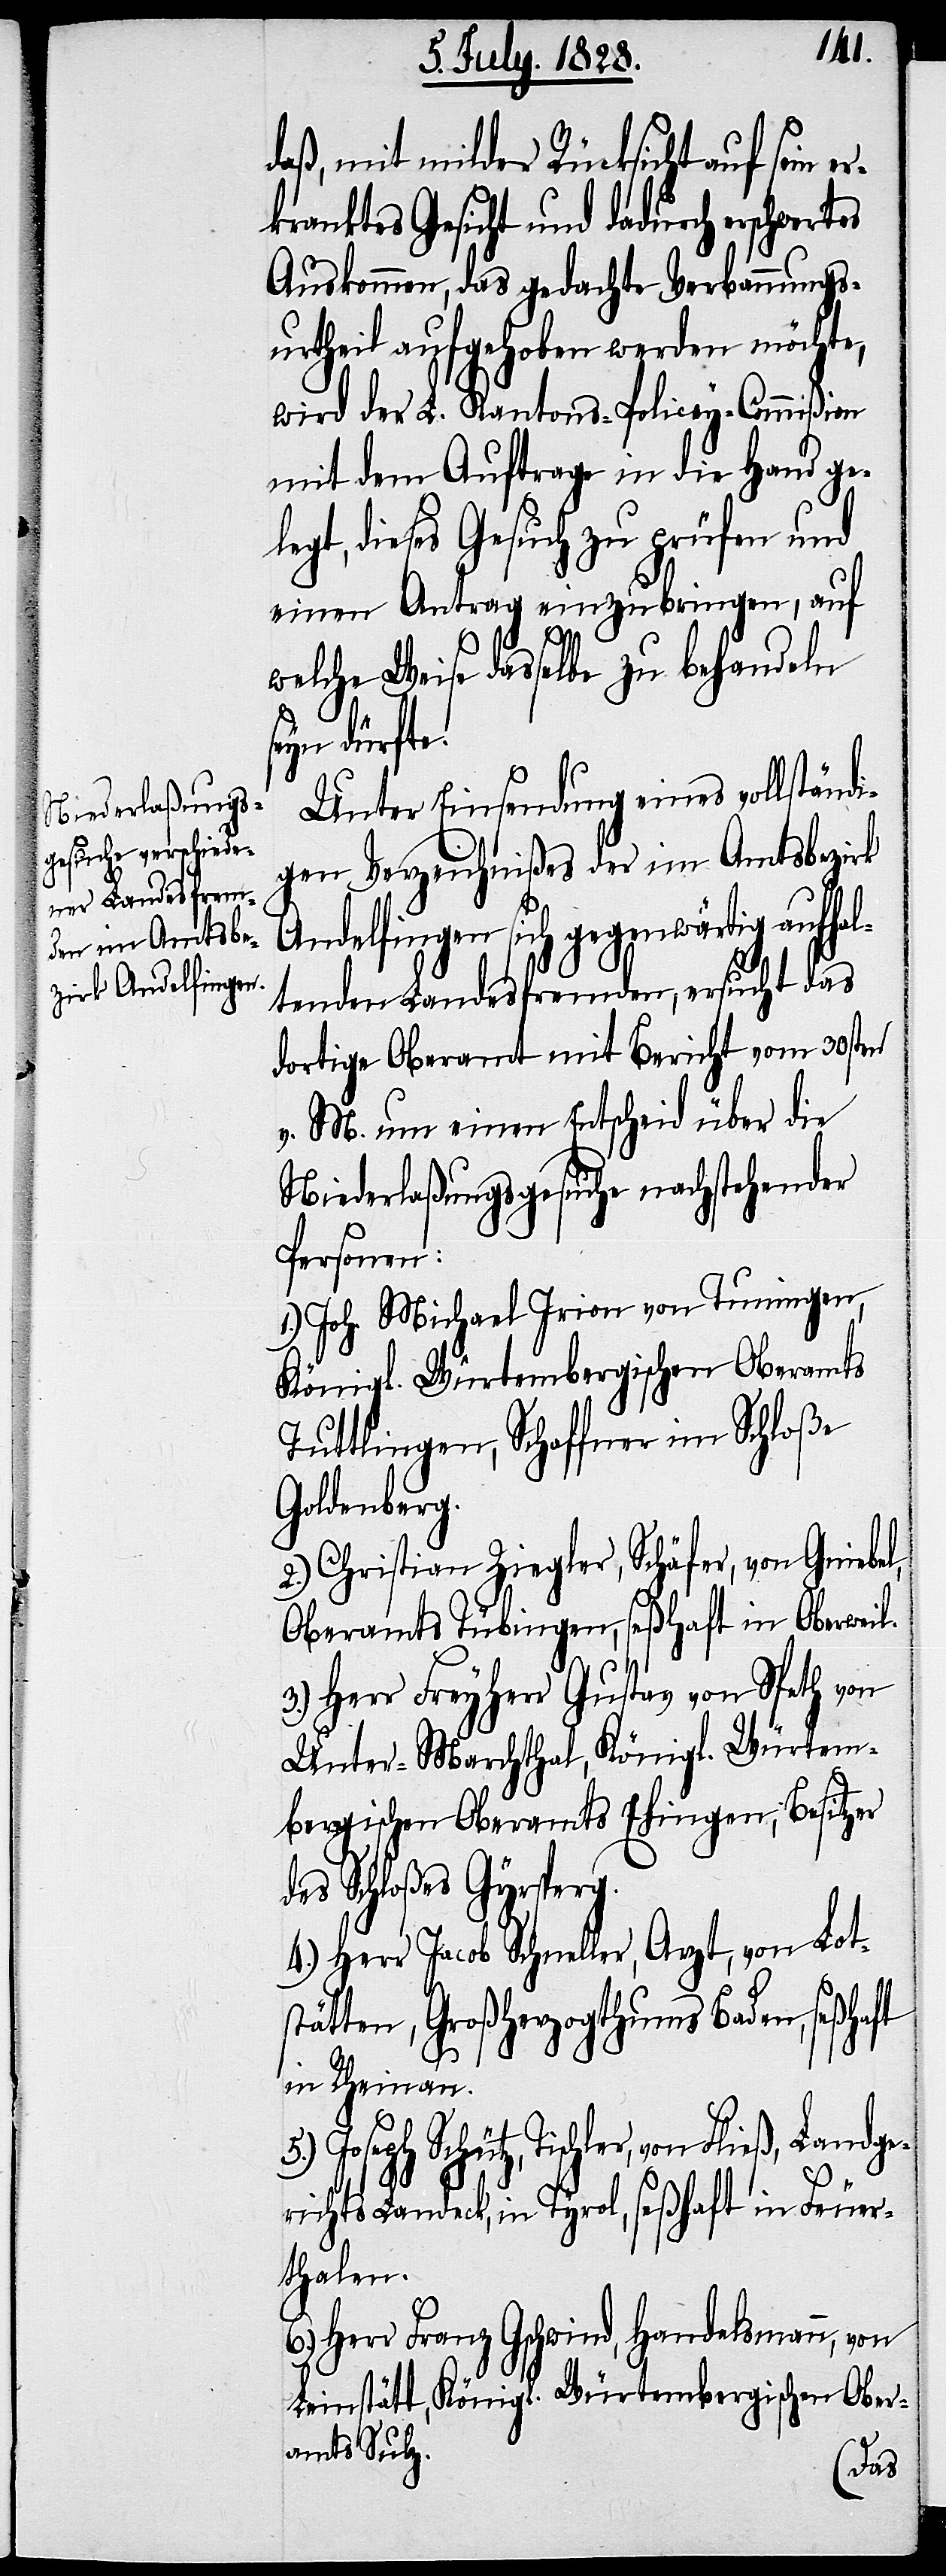
daß, mit milder Rücksicht auf sein e¬
rkranktes Gesicht und dadurch erschwert¬
Auskommen, das gedachte Verbannungs¬
urtheil aufgehoben werden möchte,
wird der L. Kantons-Policey-Commißion
mit dem Auftrage in die Hand gel¬
egt, dieses Gesuch zu prüfen und
einen Antrag einzubringen, auf
welche Weise dasselbe zu behandeln
ieß, Landge¬
Unter Einsendung eines vollständi¬
gen Verzeichnißes der im Amtsbezirk
Andelfingen sich gegenwärtig aufhal¬
tenden Landesfremden, ersucht das
dortige Oberamt mit Bericht vom 30sten
v. M. um einen Entscheid über die
Niederlaßungsgesuche nachstehender
Personen:
1.) Joh. Michael Irion von Tuningen,
Königl. Würtembergischen Oberamts
Tuttlingen, Schaffner im Schloße
Goldenberg.
2.) Christian Ziegler, Schäfer, von Gniebel,
Oberamts Tübingen, seßhaft in Oberweil.
3.) Herr Freyherr Gustav von Speth von
Unter-Marchthal, Königl. Würtem¬
bergischen Oberamts Ehingen, Besitzer
des Schloßes Gyrsperg.
4.) Herr Jacob Schneller, Arzt, von Lot¬
stätten, Großherzogthums Baden, seßhaft
in Rheinau.
5.) Joseph Schütz, Tischler, von Fl¬
richts Landeck, in Tyrol, seßhaft in Feuer¬
thalen.
6.) Herr Franz Gschwind, Handelsmann, von
Leinstätt, Königl. Würtembergischen Ober¬
amts Sulz.
es